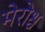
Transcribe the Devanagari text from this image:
मेरोश्च